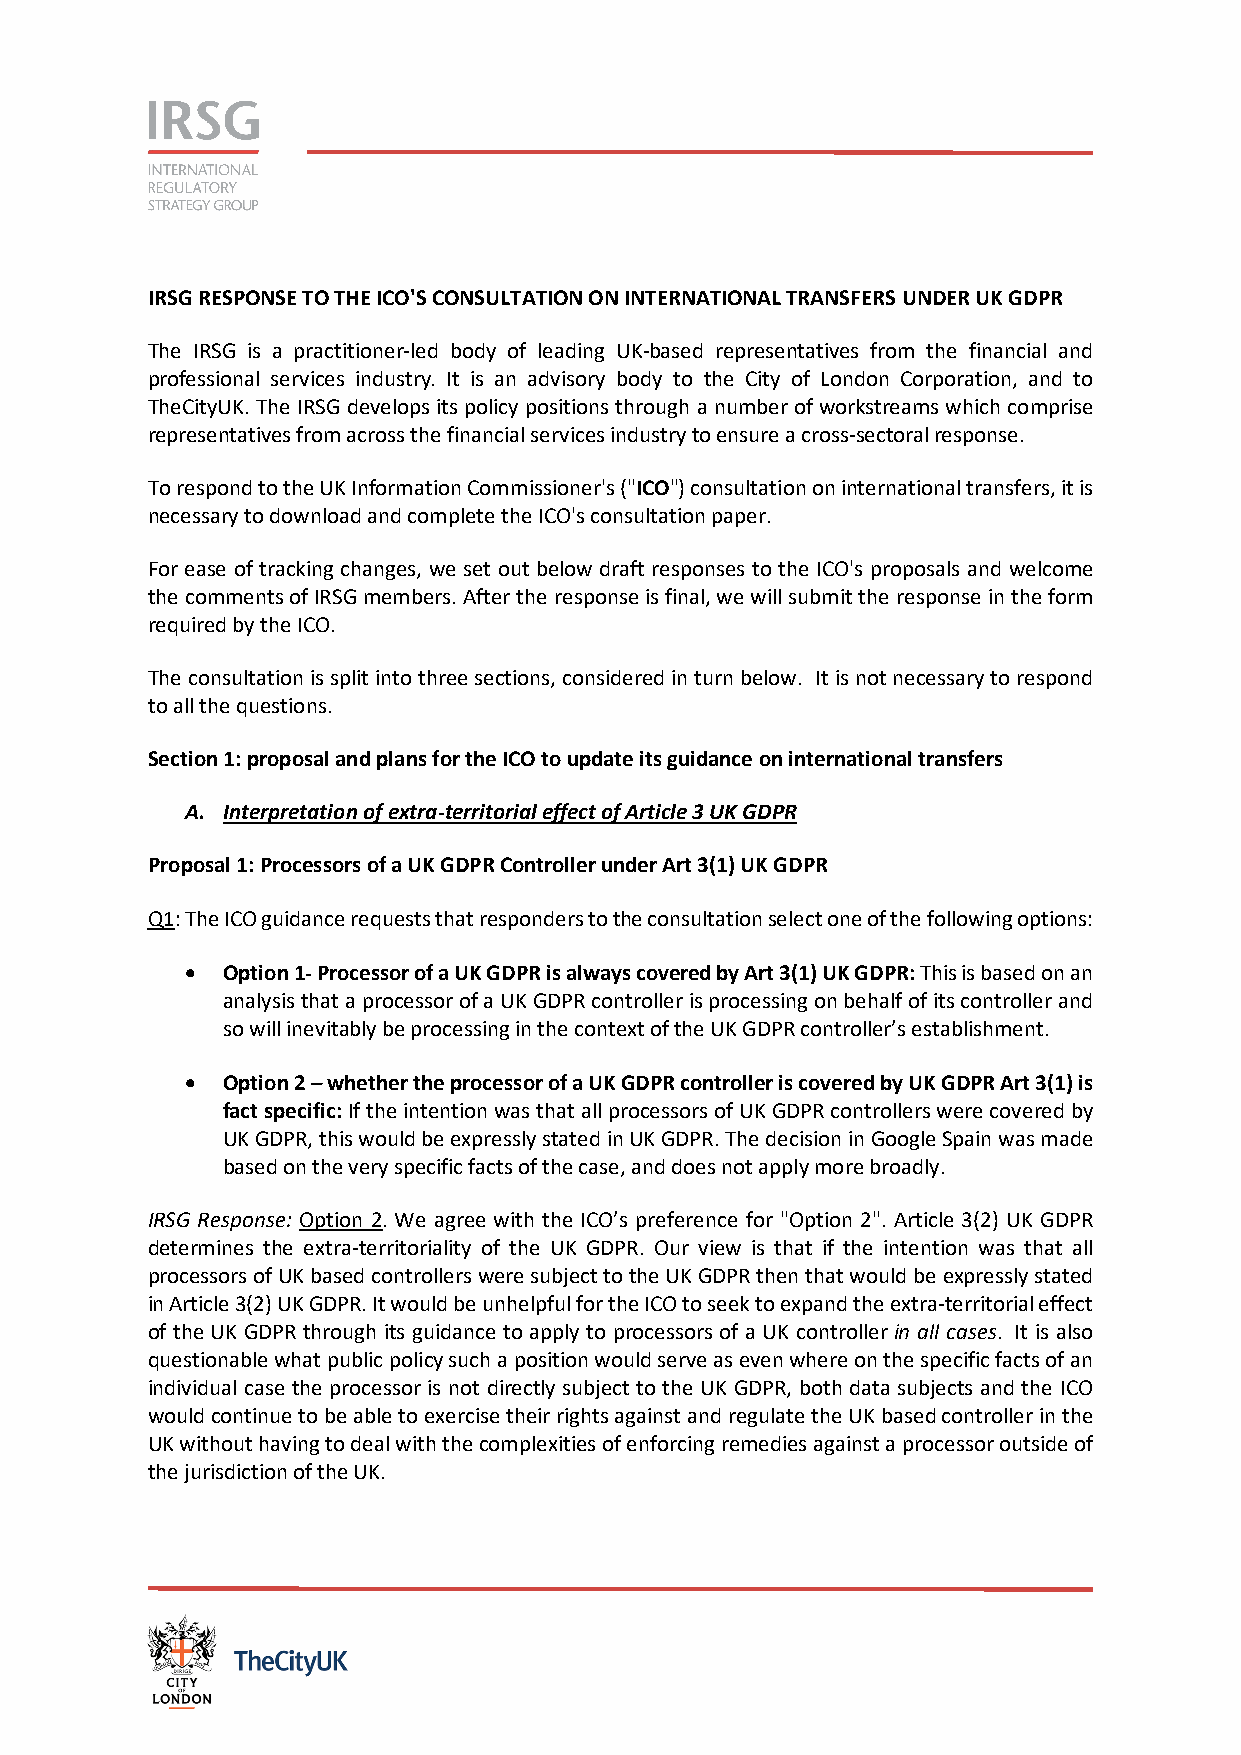
IRSG RESPONSE TO THE ICO'S CONSULTATION ON INTERNATIONAL TRANSFERS UNDER UK GDPR
 The IRSG is a practitioner-led body of leading UK-based representatives from the financial and
 professional services industry. It is an advisory body to the City of London Corporation, and to
 TheCityUK. The IRSG develops its policy positions through a number of workstreams which comprise
 representatives from across the financial services industry to ensure a cross-sectoral response.
 To respond to the UK Information Commissioner's ("ICO") consultation on international transfers, it is
 necessary to download and complete the ICO's consultation paper.
 For ease of tracking changes, we set out below draft responses to the ICO's proposals and welcome
 the comments of IRSG members. After the response is final, we will submit the response in the form
 required by the ICO.
 The consultation is split into three sections, considered in turn below. It is not necessary to respond
 to all the questions.
 Section 1: proposal and plans for the ICO to update its guidance on international transfers
 A. Interpretation of extra-territorial effect of Article 3 UK GDPR
 Proposal 1: Processors of a UK GDPR Controller under Art 3(1) UK GDPR
 Q1: The ICO guidance requests that responders to the consultation select one of the following options:
 •  Option 1- Processor of a UK GDPR is always covered by Art 3(1) UK GDPR: This is based on an
 analysis that a processor of a UK GDPR controller is processing on behalf of its controller and
 so will inevitably be processing in the context of the UK GDPR controller’s establishment.
 •  Option 2 – whether the processor of a UK GDPR controller is covered by UK GDPR Art 3(1) is
 fact specific: If the intention was that all processors of UK GDPR controllers were covered by
 UK GDPR, this would be expressly stated in UK GDPR. The decision in Google Spain was made
 based on the very specific facts of the case, and does not apply more broadly.
 IRSG Response: Option 2. We agree with the ICO’s preference for "Option 2". Article 3(2) UK GDPR
 determines the extra-territoriality of the UK GDPR. Our view is that if the intention was that all
 processors of UK based controllers were subject to the UK GDPR then that would be expressly stated
 in Article 3(2) UK GDPR. It would be unhelpful for the ICO to seek to expand the extra-territorial effect
 of the UK GDPR through its guidance to apply to processors of a UK controller in all cases. It is also
 questionable what public policy such a position would serve as even where on the specific facts of an
 individual case the processor is not directly subject to the UK GDPR, both data subjects and the ICO
 would continue to be able to exercise their rights against and regulate the UK based controller in the
 UK without having to deal with the complexities of enforcing remedies against a processor outside of
 the jurisdiction of the UK.